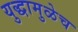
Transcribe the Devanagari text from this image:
युद्धामुळेच